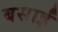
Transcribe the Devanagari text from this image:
बसाईं